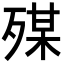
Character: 𣨴